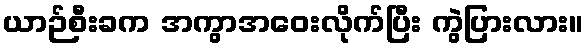
ယာဉ်စီးခက အကွာအဝေးလိုက်ပြီး ကွဲပြားလား။